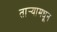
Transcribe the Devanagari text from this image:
तार्‍यामधून